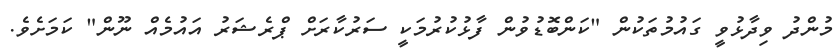
މުންދު ވިދާޅުވީ ގައުމުތަކުން "ކަންބޮޑުވުން ފާޅުކުރުމަކީ ސަރުކާރަށް ޕްރެޝަރު އައުމެއް ނޫން" ކަމަށެވެ.